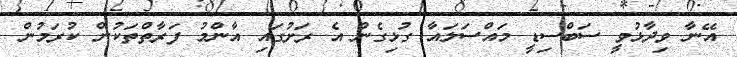
އޭނާ ވިދާޅުވީ ސަބްސިޑީ މައްސަލައާ ގުޅިގެން އެ ރަށުގައި އާންމު ފަރާތްތަކުން ކުރަމުން